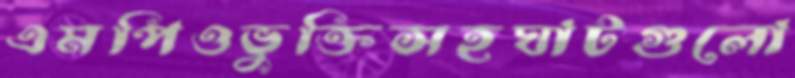
এমপিওভুক্তিসহঘাটগুলো